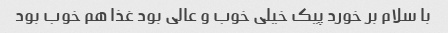
با سلام بر خورد پیک خیلی خوب و عالی بود غذا هم خوب بود